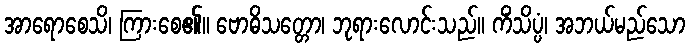
အာရောစေသိ၊ ကြားစေ၏။ ဗောဓိသတ္တော၊ ဘုရားလောင်းသည်။ ကိံသိပ္ပံ၊ အဘယ်မည်သော